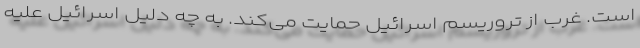
است. غرب از تروریسم اسرائیل حمایت می‌کند. به چه دلیل اسرائیل علیه